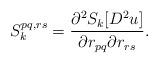
LaTeX: \begin{align*}S^{pq, rs}_k = \frac{\partial^2 S_k [D^2u]}{\partial r_{pq} \partial r_{rs}}.\end{align*}